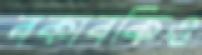
বকাবকিও